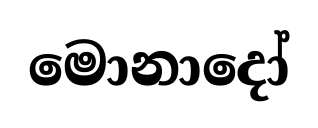
මොනාදෝ